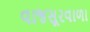
વાજસૂરવાળા